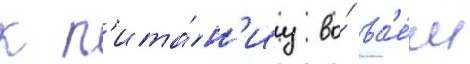
к п'ита́н'иу во́ вс'е́м